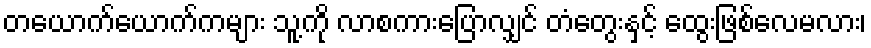
တယောက်ယောက်ကများ သူ့ကို လာစကားပြောလျှင် တံတွေးနှင့် ထွေးဖြစ်လေမလား၊